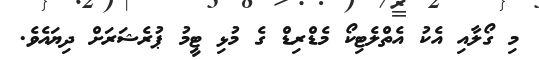
މި ގޯލާއި އެކު އެތްލެޓިކޯ މެޑްރިޑް ގެ މުޅި ޓީމު ޕުރެޝަރަށް ދިޔައެވެ.